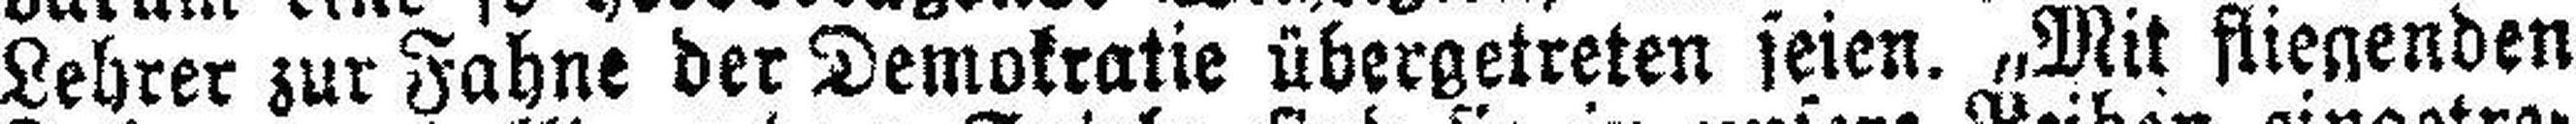
Lehrer zur Fahne der Demokratie übergetreten seien. „Mit fliegenden